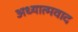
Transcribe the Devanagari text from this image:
अध्‍यात्‍मवाद